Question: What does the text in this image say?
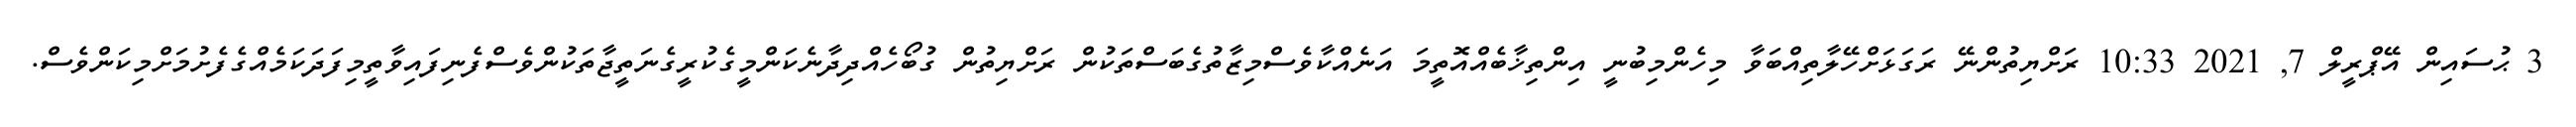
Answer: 3 ޙުސައިން އޭޕްރީލް 7, 2021 10:33 ރަށްޔިތުންނޭ ރަގަޅަށްހޭލާތިއްބަވާ މިހެންމިބުނީ އިންތިޚާބެއްއޮތީމަ އަނެއްކާވެސްމިޒާތުގެބަސްތަކުން ރަށްޔިތުން ގުބޯހެއްދިދާނެކަންމީގެކުރީގެނަތީޖާތަކުންވެސްފެނިފައިވާތީމިފަދަކަމެއްގެފެށުމަށްމިކަންވެސް.